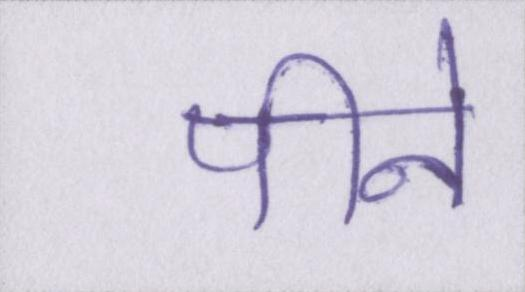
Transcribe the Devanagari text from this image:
पीने